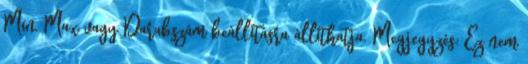
Min, Max vagy Darabszám beállításra állíthatja. Megjegyzés: Ez nem